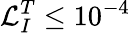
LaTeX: \mathcal{L}_{I}^{T}\le 10^{-4}